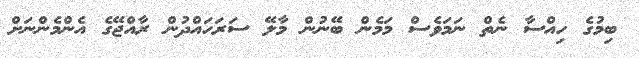
ބިމުގެ ހިއްސާ ނެތް ނަމަވެސް މަމެން ބޭނުން މާލޭ ސަރަހައްދުން ރާއްޖޭގެ އެންމެންނަށް